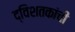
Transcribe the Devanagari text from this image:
द्विशतकांची